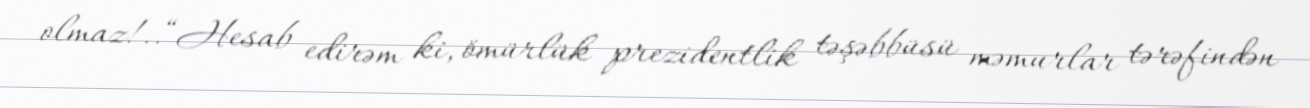
olmaz!..“Hesab edirəm ki, ömürlük prezidentlik təşəbbüsü məmurlar tərəfindən